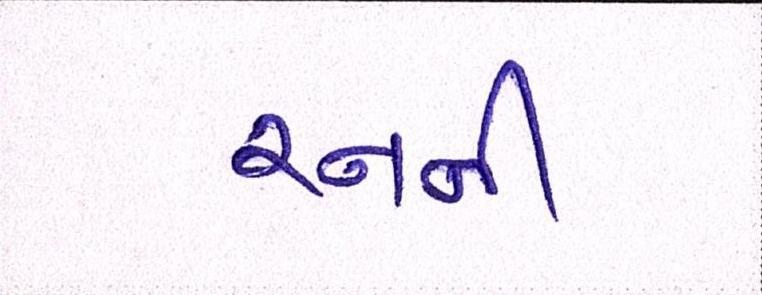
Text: રનની